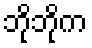
ဘိုဘိုက